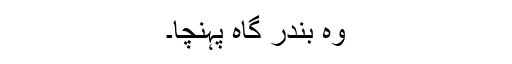
وہ بندر گاہ پہنچا۔